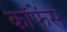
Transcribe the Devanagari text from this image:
कांफेंस